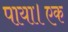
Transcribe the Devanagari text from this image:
पाया।एक